Regulations for the medical services of the Army of India
Year: 1930
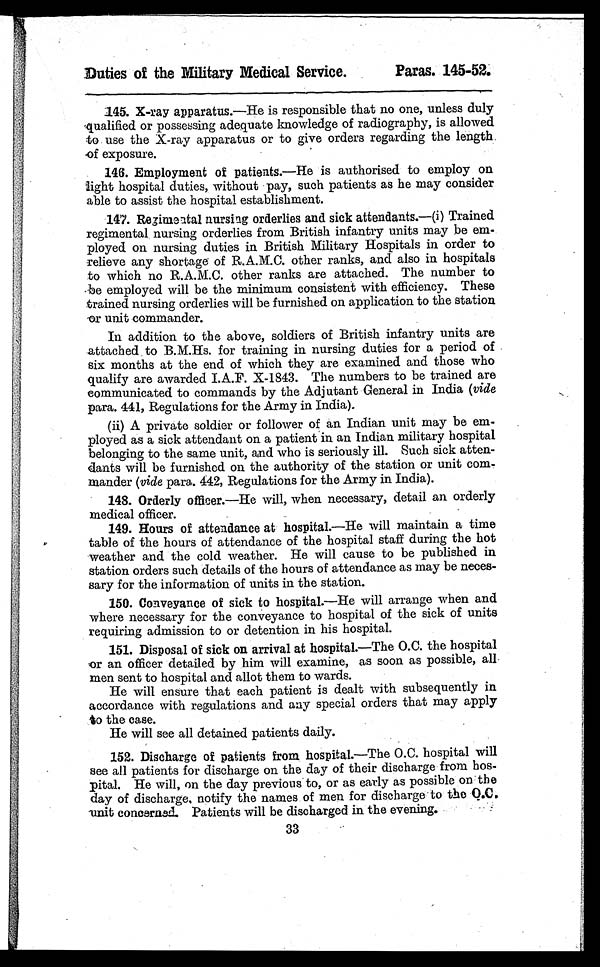
Duties of the Military Medical Service.
Paras. 145-52.
145. X-ray apparatus.—He is responsible that no one, unless duly
qualified or possessing adequate knowledge of radiography, is allowed
to use the X-ray apparatus or to give orders regarding the length
of exposure.
146. Employment of patients.—He is authorised to employ on
light hospital duties, without pay, such patients as he may consider
able to assist the hospital establishment.
147. Regimental nursing orderlies and sick attendants. —(i) Trained
regimental nursing orderlies from British infantry units may be em-
ployed on nursing duties in British Military Hospitals in order to
relieve any shortage of R.A.M.C. other ranks, and also in hospitals
to which no R.A.M.C. other ranks are attached. The number to
be employed will be the minimum consistent with efficiency. These
trained nursing orderlies will be furnished on application to the station
or unit commander.
In addition to the above, soldiers of British infantry units are
attached to B.M.Hs. for training in nursing duties for a period of
six months at the end of which they are examined and those who
qualify are awarded I.A.F. X-1843. The numbers to be trained are
communicated to commands by the Adjutant General in India (vide
para. 441, Regulations for the Army in India).
(ii) A private soldier or follower of an Indian unit may be em-
ployed as a sick attendant on a patient in an Indian military hospital
belonging to the same unit, and who is seriously ill. Such sick atten-
dants will be furnished on the authority of the station or unit com-
mander (vide para. 442, Regulations for the Army in India).
148. Orderly officer. —He will, when necessary, detail an orderly
medical officer.
149. Hours of attendance at hospital.—He will maintain a time
table of the hours of attendance of the hospital staff during the hot
weather and the cold weather. He will cause to be published in
station orders such details of the hours of attendance as may be neces-
sary for the information of units in the station.
150. Conveyance of sick to hospital. —He will arrange when and
where necessary for the conveyance to hospital of the sick of units
requiring admission to or detention in his hospital.
151. Disposal of sick on arrival at hospital. —The 0.C. the hospital
or an officer detailed by him will examine, as soon as possible, all
men sent to hospital and allot them to wards.
He will ensure that each patient is dealt with subsequently in
accordance with regulations and any special orders that may apply
to the case.
He will see all detained patients daily.
152. Discharge of patients from hospital. —The 0.C. hospital will
see all patients for discharge on the day of their discharge from hos-
pital. He will, on the day previous to, or as early as possible on the
day of discharge, notify the names of men for discharge to the Q.C.
unit concerned. Patients will be discharged in the evening.
33